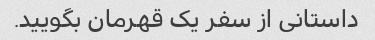
داستانی از سفر یک قهرمان بگویید.